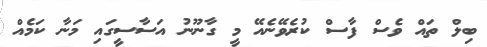
ބިލް ތައް ވެސް ފާސް ކުރެވޭނެއޭ މީ ގާނޫނު އަސާސީގައި މަނާ ކަމެއް